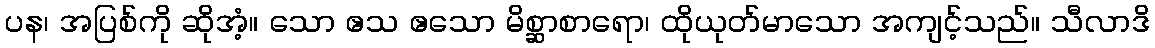
ပန၊ အပြစ်ကို ဆိုအံ့။ သော ဧသ ဧသော မိစ္ဆာစာရော၊ ထိုယုတ်မာသော အကျင့်သည်။ သီလာဒိ